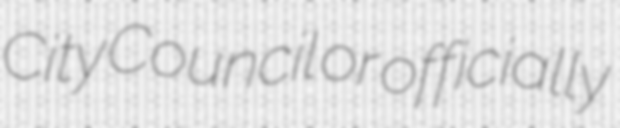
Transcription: City Council or officially